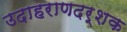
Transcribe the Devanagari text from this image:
उदाहराणदर्शक